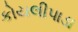
કોયલીપાડા